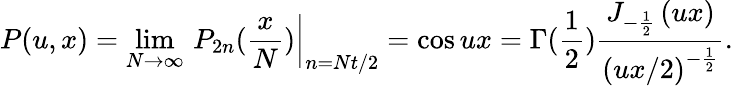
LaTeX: P(u,x)=\operatorname*{lim}_{N\rightarrow\infty}\left.\, P_{2n}(\frac{x}{N})\right|_{n=Nt/2}=\cos ux=\Gamma(\frac 12)\frac{J_{-\frac 12}\left(ux\right)}{\left(ux/2\right)^{-\frac 12}}.